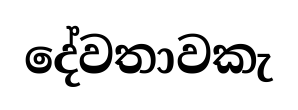
දේවතාවකැ